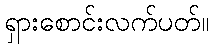
ရှားစောင်းလက်ပတ်။